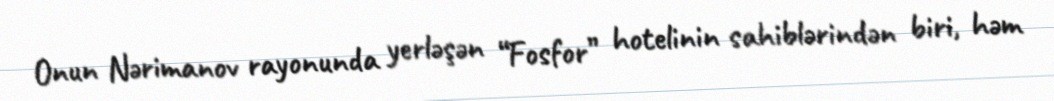
Onun Nərimanov rayonunda yerləşən “Fosfor” hotelinin sahiblərindən biri, həm